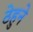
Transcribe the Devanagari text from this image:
ठेहुने